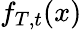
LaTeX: f_{T,t}(x)